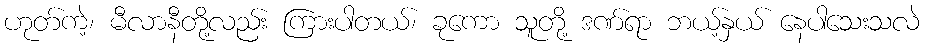
ဟုတ်ကဲ့၊ မီလာနီတို့လည်း ကြားပါတယ်၊ ခုကော သူတို့ ဒဏ်ရာ ဘယ့်နှယ် နေပါသေးသလဲ